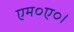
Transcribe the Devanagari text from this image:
एम०ए०।